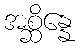
အစ္ဆိန္နေ